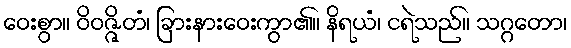
ဝေးစွာ။ ဝိဝဇ္ဇိတံ၊ ခြားနားဝေးကွာ၏။ နိရယံ၊ ငရဲသည်။ သဂ္ဂတော၊